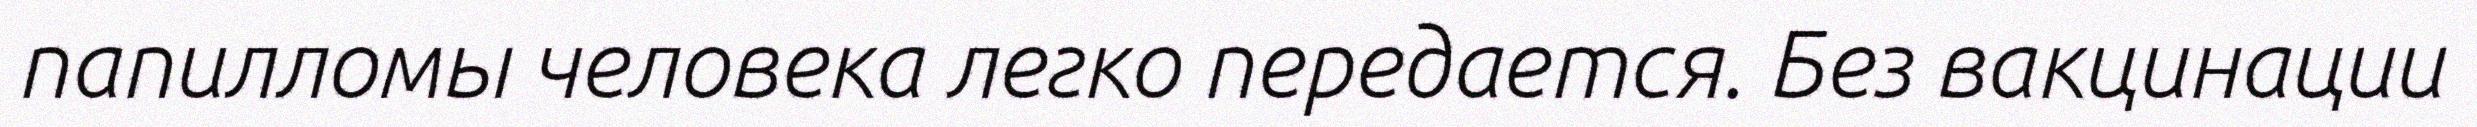
папилломы человека легко передается. Без вакцинации